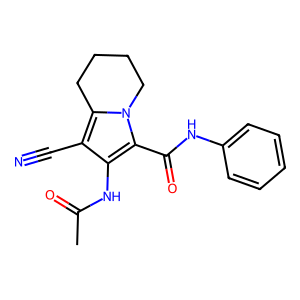
SMILES: CC(=O)Nc1c(C#N)c2n(c1C(=O)Nc1ccccc1)CCCC2
Inhibits HIV replication: No